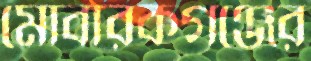
মোবারকগঞ্জের